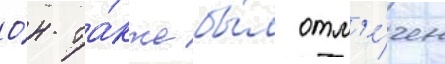
О́н та́кже бы́л отм'е́чен